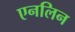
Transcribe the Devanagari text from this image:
एनलिन